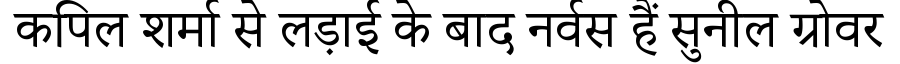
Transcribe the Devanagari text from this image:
कपिल शर्मा से लड़ाई के बाद नर्वस हैं सुनील ग्रोवर